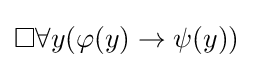
\square \forall y(\varphi (y)\to \psi (y))